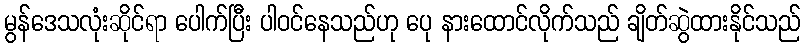
မွန်ဒေသလုံးဆိုင်ရာ ပေါက်ပြီး ပါဝင်နေသည်ဟု ပေု နားထောင်လိုက်သည် ချိတ်ဆွဲထားနိုင်သည်